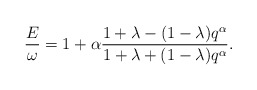
\begin{align*}\frac{E}{\omega}= 1 + \alpha \frac{1+\lambda - (1-\lambda)q^\alpha}{1+\lambda + (1-\lambda)q^\alpha}.\end{align*}